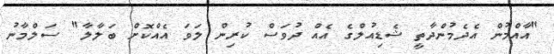
"އާއްމުން އެދެމުންދާތީ ޝެޑިއުލްގެ އެއް ދުވަސް ކުރިން ލަވަ އެއްކޮށް ބަލާލާ" ސަލްމާނު